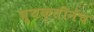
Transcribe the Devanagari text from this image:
व्यक्तीनेच